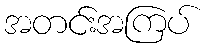
အတင်းအကြပ်